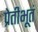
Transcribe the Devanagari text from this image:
प्रेतीभूतं